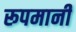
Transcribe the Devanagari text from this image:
रूपमानी